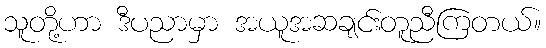
သူတို့ဟာ ဒီပညာမှာ အယူအဆချင်းတူညီကြတယ်။